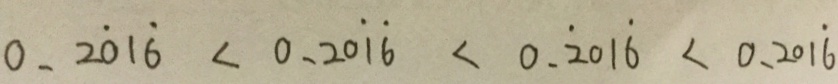
0 . 2 \dot { 0 } 1 \dot { 6 } < 0 . 2 0 \dot { 1 } \dot { 6 } < 0 . \dot { 2 } 0 1 \dot { 6 } < 0 . 2 0 1 \dot { 6 }